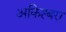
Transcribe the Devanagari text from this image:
अकिह्बरा